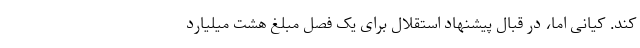
کند. کیانی اما، در قبال پیشنهاد استقلال برای یک فصل مبلغ هشت میلیارد